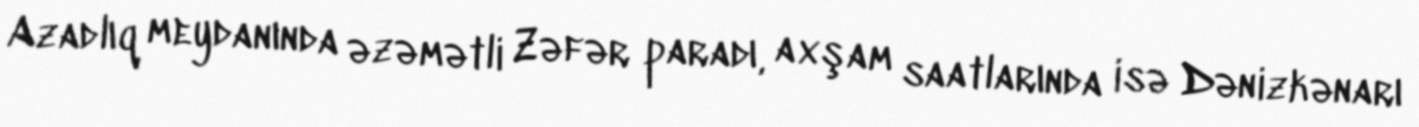
Azadlıq meydanında əzəmətli Zəfər paradı, axşam saatlarında isə Dənizkənarı